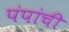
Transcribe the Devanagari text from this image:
पंपांची